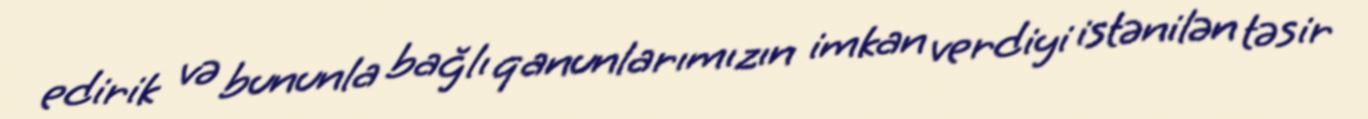
edirik və bununla bağlı qanunlarımızın imkan verdiyi istənilən təsir